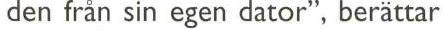
den från sin egen dator", berättar